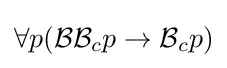
\forall p({\mathcal {B}}{\mathcal {B}}_{c}p\to {\mathcal {B}}_{c}p)